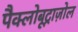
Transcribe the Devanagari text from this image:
पैक्लोबूट्राज़ोल